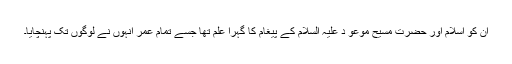
ان کو اسلام اور حضرت مسیح موعو د علیہ السلام کے پیغام کا گہرا علم تھا جسے تمام عمر انہوں نے لوگوں تک پہنچایا۔